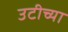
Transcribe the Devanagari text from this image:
उटीच्या